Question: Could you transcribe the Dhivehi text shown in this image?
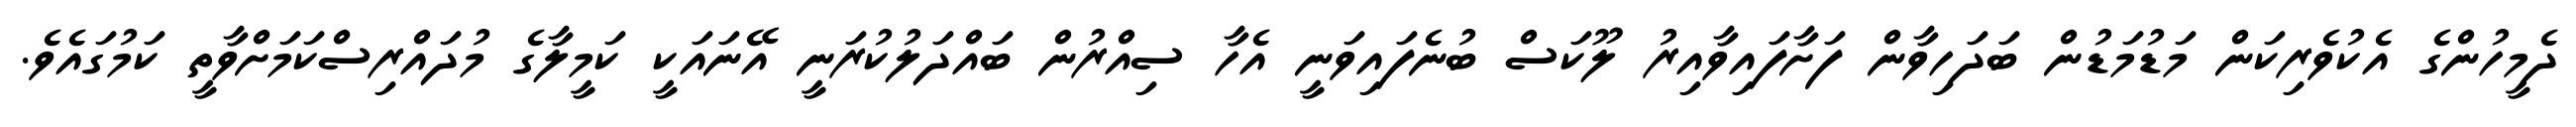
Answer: ދެމީހުންގެ އެކުވެރިކަން މަޑުމަޑުން ބަދަހިވާން ފަށާފައިވާއިރު ލޫކަސް ބުނެފައިވަނީ އެހާ ސިއްރުން ބައްދަލުކުރަނީ އޭނައަކީ ކަމީލާގެ މުދައްރިސްކަމަށްވާތީ ކަމުގައެވެ.